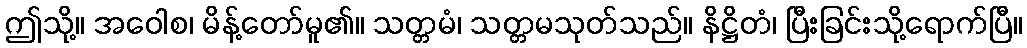
ဤသို့။ အဝေါစ၊ မိန့်တော်မူ၏။ သတ္တမံ၊ သတ္တမသုတ်သည်။ နိဋ္ဌိတံ၊ ပြီးခြင်းသို့ရောက်ပြီ။